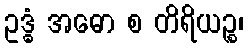
ဥဒ္ဓံ အဓော စ တိရိယဉ္စ၊